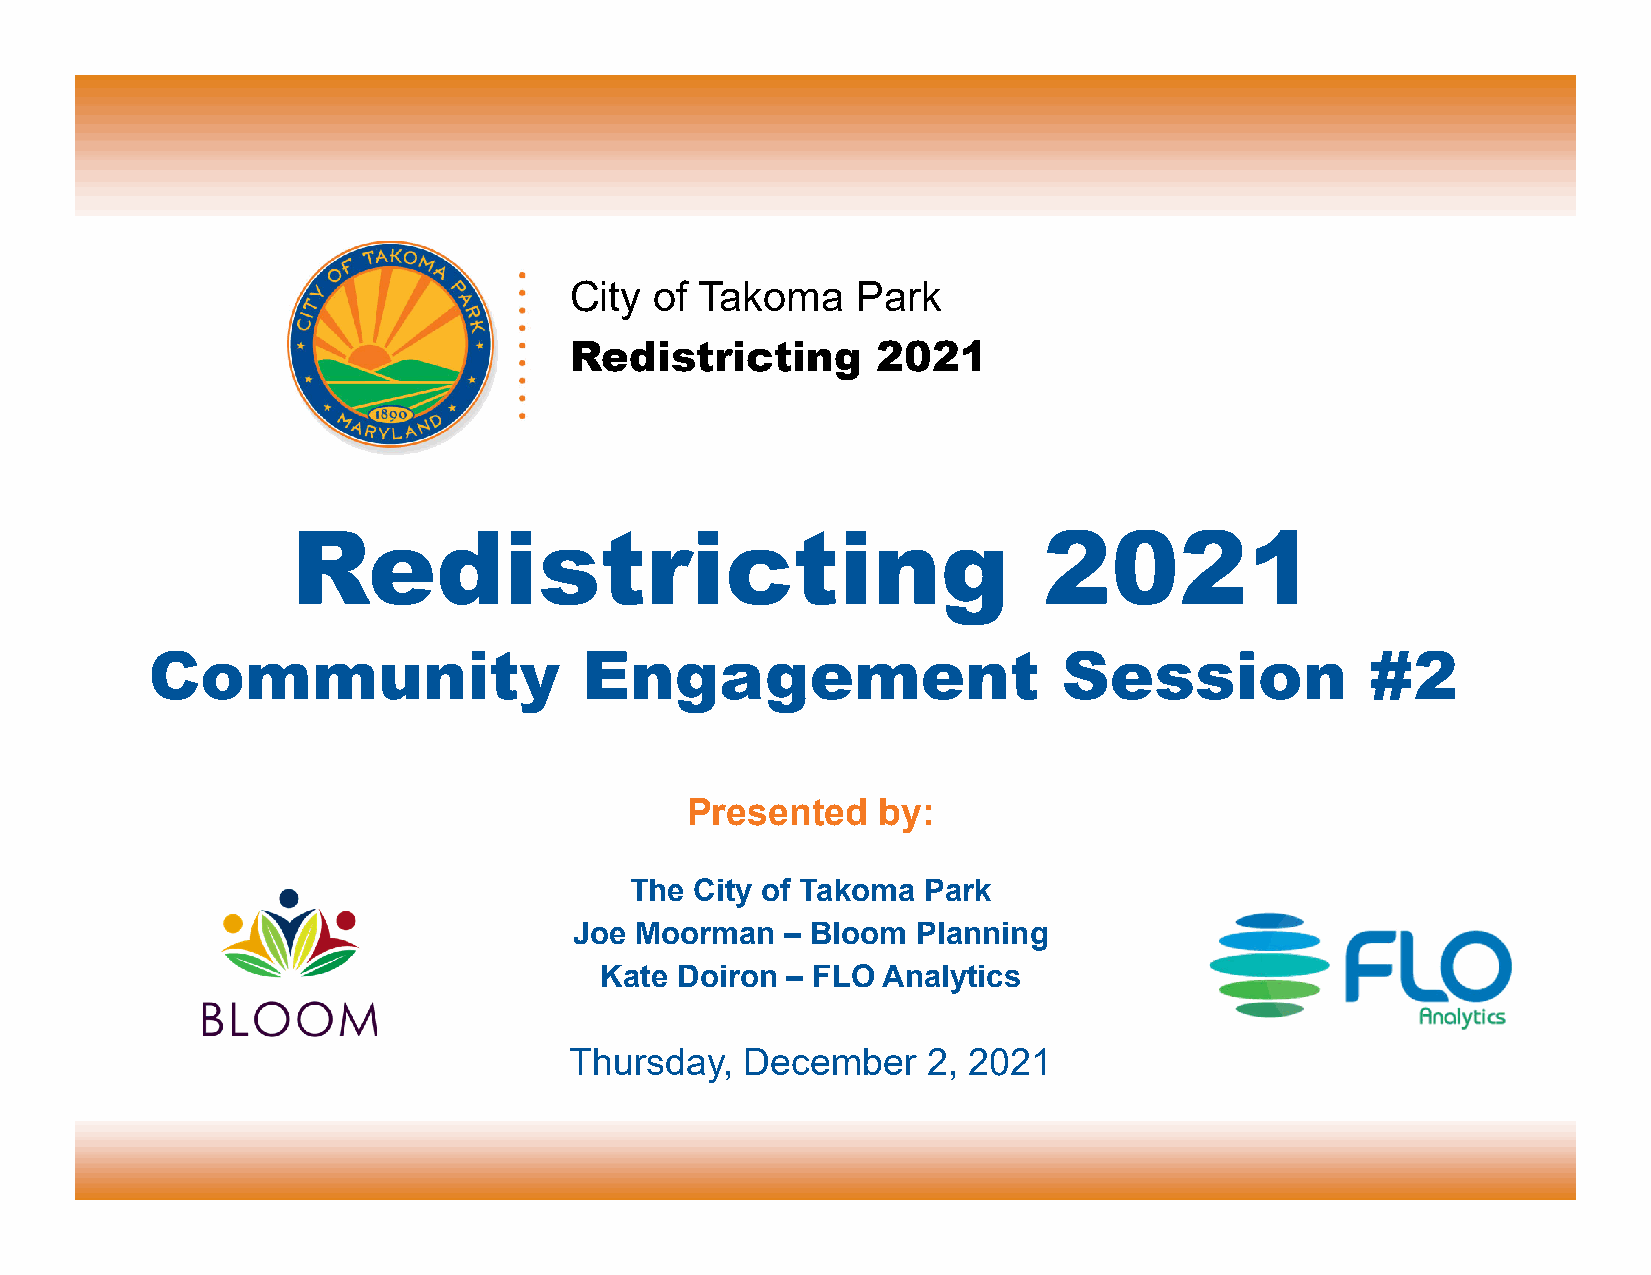
City of Takoma     Park
 Redistricting       2021
 Redistricting                                     2021
 Community                    Engagement                     Session              #2
 Presented    by:
 The City of Takoma Park
 Joe Moorman   – Bloom  Planning
 Kate Doiron – FLO Analytics
 Thursday,  December    2, 2021